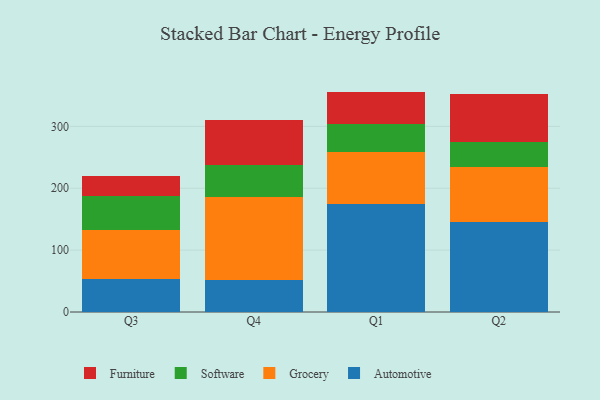
{"axis": {"x": "Quarter", "y": "Inventory Turnover"}, "legend": ["Automotive", "Furniture", "Grocery", "Software"], "data": [{"x": "Q3", "y": 53.9, "type": "Automotive"}, {"x": "Q3", "y": 78.8, "type": "Grocery"}, {"x": "Q3", "y": 55.4, "type": "Software"}, {"x": "Q3", "y": 31.6, "type": "Furniture"}, {"x": "Q4", "y": 51.6, "type": "Automotive"}, {"x": "Q4", "y": 134.1, "type": "Grocery"}, {"x": "Q4", "y": 52.1, "type": "Software"}, {"x": "Q4", "y": 72.9, "type": "Furniture"}, {"x": "Q1", "y": 175.0, "type": "Automotive"}, {"x": "Q1", "y": 83.0, "type": "Grocery"}, {"x": "Q1", "y": 46.4, "type": "Software"}, {"x": "Q1", "y": 51.9, "type": "Furniture"}, {"x": "Q2", "y": 146.1, "type": "Automotive"}, {"x": "Q2", "y": 89.1, "type": "Grocery"}, {"x": "Q2", "y": 39.7, "type": "Software"}, {"x": "Q2", "y": 78.0, "type": "Furniture"}]}